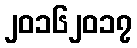
၂၀၁၆၂၀၁၇